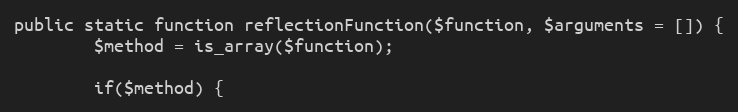
Language: PHP
public static function reflectionFunction($function, $arguments = []) {
        $method = is_array($function);

        if($method) {